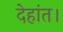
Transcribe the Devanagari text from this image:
देहांत।